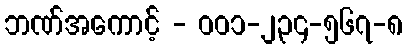
ဘဏ်အကောင့် - ၀၀၁-၂၃၄-၅၆၇-၈